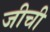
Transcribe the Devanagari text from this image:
जीची